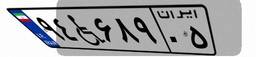
۹۴W۶۸۹۰۵